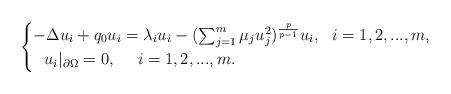
LaTeX: \begin{align*}\begin{cases}-\Delta u_i+q_0 u_i=\lambda_i u_i- (\sum_{j=1}^m \mu_j u_j^{2})^\frac{p}{p-1}u_i,~~i=1,2,...,m,\\ ~~u_i|_{\partial \Omega}=0,~~~~i=1,2,...,m.\end{cases}\end{align*}